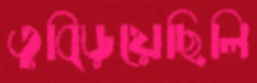
তুব্‌ড়িয়েছিলি